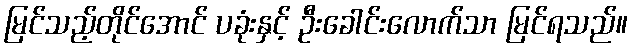
မြင်သည့်တိုင်အောင် ပခုံးနှင့် ဦးခေါင်းလောက်သာ မြင်ရသည်။